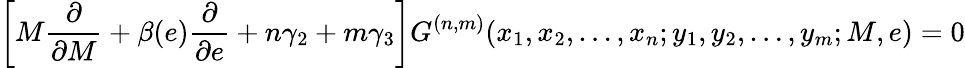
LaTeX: \left[M{\frac{\partial}{\partial M}}+\beta(e){\frac{\partial}{\partial e}}+n\gamma_{2}+m\gamma_{3}\right]G^{(n,m)}(x_{1},x_{2},\ldots,x_{n};y_{1},y_{2},\ldots,y_{m};M,e)=0